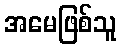
အမေဖြစ်သူ